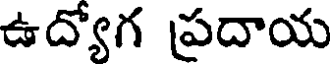
ఉద్యోగ ప్రదాయ